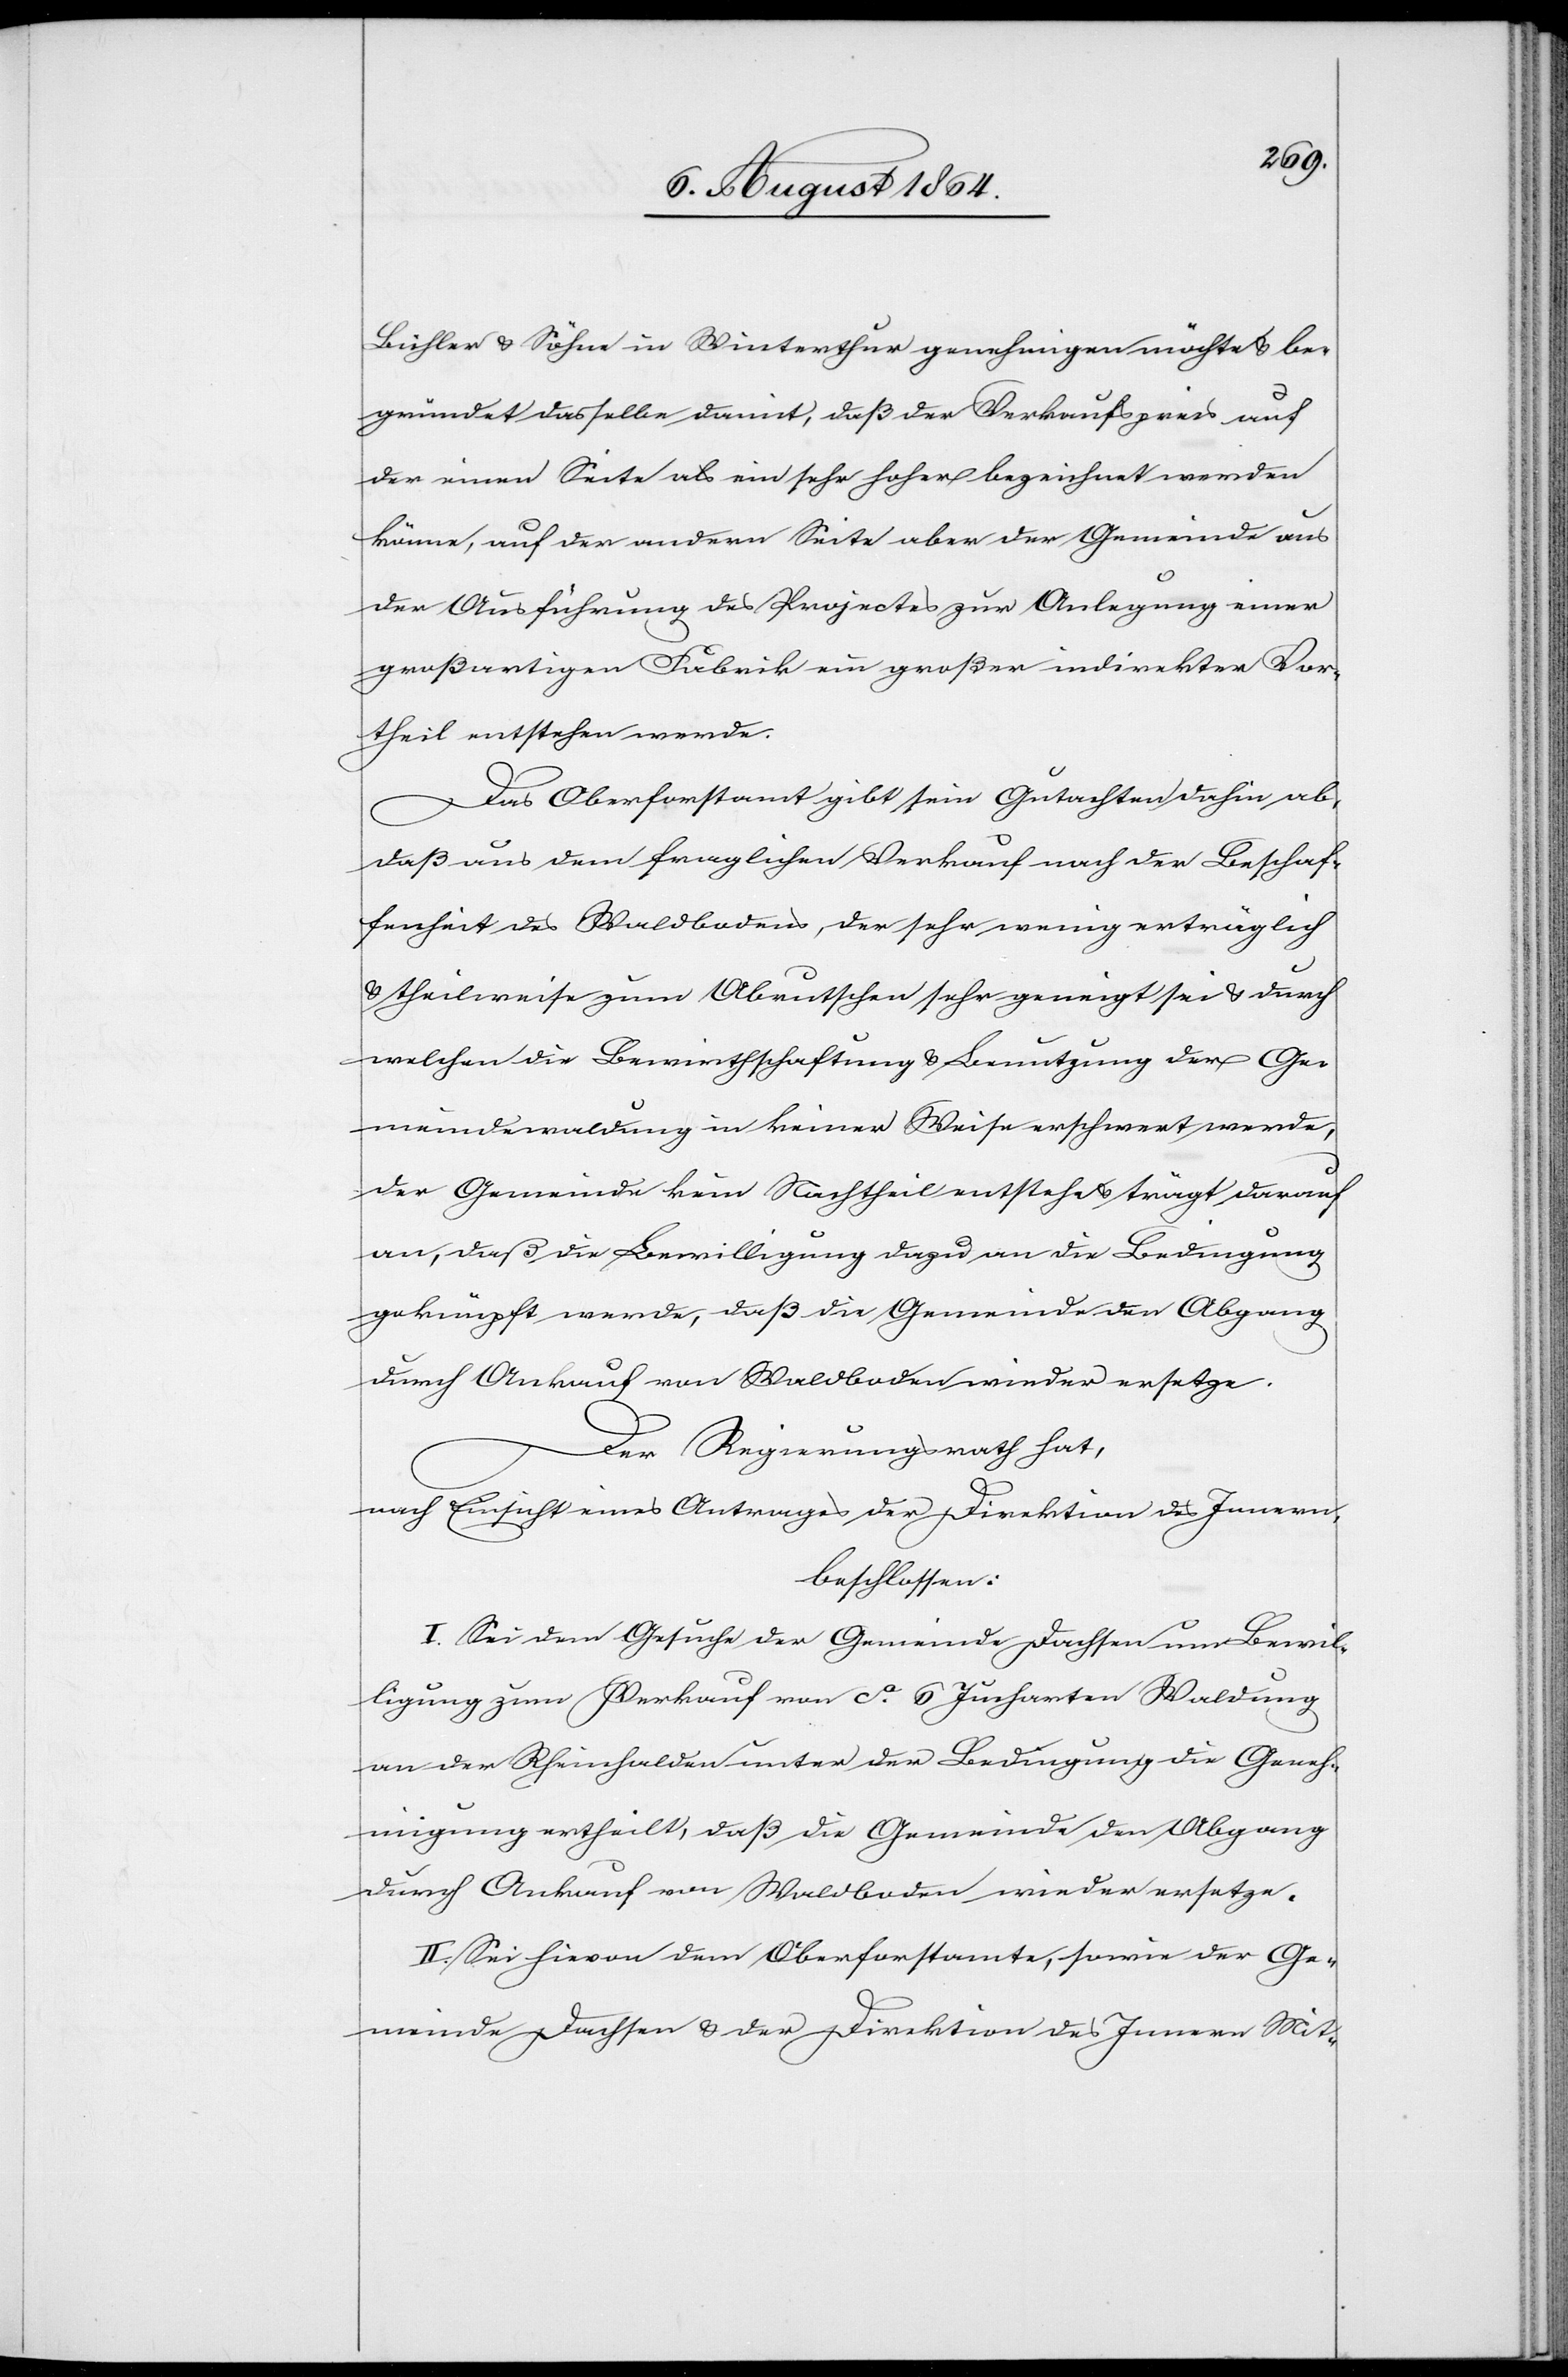
Bühler & Söhne in Winterthur genehmigen möchte & be¬
gründet dasselbe damit, daß der Verkaufspreis auf
der einen Seite als ein sehr hoher bezeichnet werden
könne, auf der andern Seite aber der Gemeinde aus
der Ausführung des Projectes zur Anlegung einer
großartigen Fabrik ein großer indirekter Vor¬
theil entstehen werde.
Das Oberforstamt gibt sein Gutachten dahin ab,
daß aus dem fraglichen Verkauf nach der Beschaf¬
fenheit des Waldbodens, der sehr wenig erträglich
& theilweise zum Abrutschen sehr geneigt sei & durch
welchen die Bewirthschaftung & Benutzung der Ge¬
meindewaldung in keiner Weise erschwert werde,
der Gemeinde kein Nachtheil entstehe & trägt darauf
an, daß die Bewilligung dazu an die Bedingung
geknüpft werde, daß die Gemeinde den Abgang
durch Ankauf von Waldboden wieder ersetze.
Der Regierungsrath hat,
nach Einsicht eines Antrages der Direktion des Innern,
beschlossen:
I. Sei dem Gesuche der Gemeinde Dachsen um Bewil¬
ligung zum Verkauf von ca. 6 Jucharten Waldung
an der Rheinhalden unter der Bedingung die Geneh¬
migung ertheilt, daß die Gemeinde den Abgang
durch Ankauf von Waldboden wieder ersetze.
II. Sei hievon dem Oberforstamt, sowie der Ge¬
meinde Dachsen & der Direktion des Innern Mit-